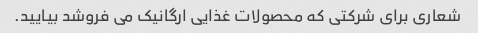
شعاری برای شرکتی که محصولات غذایی ارگانیک می فروشد بیایید.